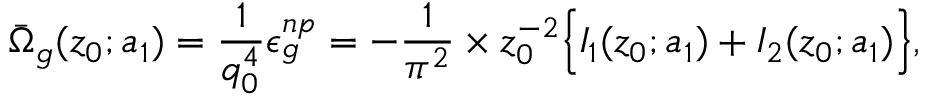
\bar { \Omega } _ { g } ( z _ { 0 } ; a _ { 1 } ) = { \frac { 1 } { q _ { 0 } ^ { 4 } } } \epsilon _ { g } ^ { n p } = - { \frac { 1 } { \pi ^ { 2 } } } \times z _ { 0 } ^ { - 2 } \Bigl \{ I _ { 1 } ( z _ { 0 } ; a _ { 1 } ) + I _ { 2 } ( z _ { 0 } ; a _ { 1 } ) \Bigr \} ,